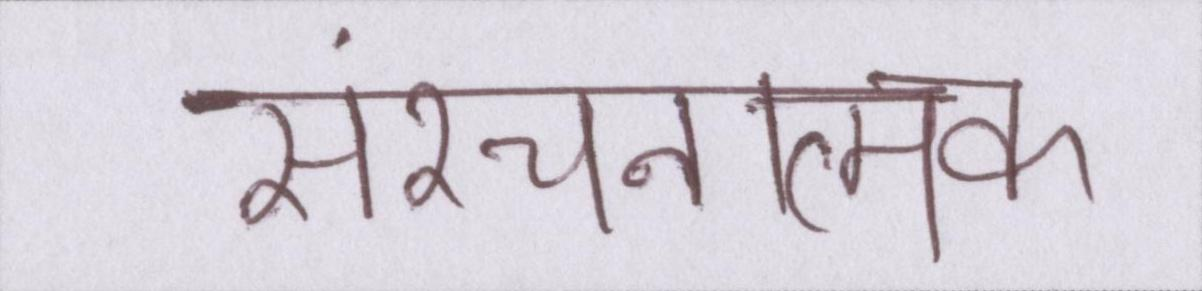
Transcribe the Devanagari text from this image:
संरचनात्मक